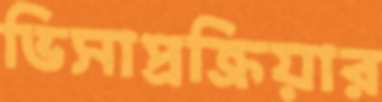
ভিসাপ্রক্রিয়ার